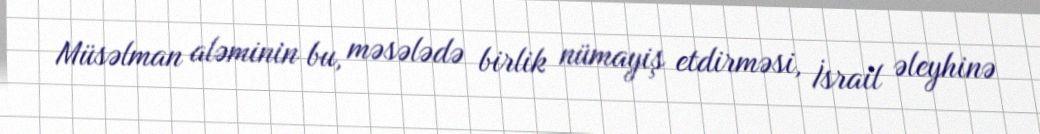
Müsəlman aləminin bu, məsələdə birlik nümayiş etdirməsi, İsrail əleyhinə